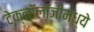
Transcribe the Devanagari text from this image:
टेक्‍नॉलॉजीमध्ये